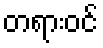
တရားဝင်